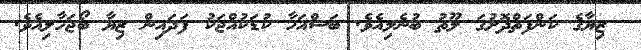
ޒިޔާގެ ކަންފަތްދޮށުގަ ލޫތު ބުނެލިއެވެ. ބަސްއަހާ ކުޑަކުއްޖަކު ފަދައިން ޒިޔާ ބޯޖަހާލިއެވެ.